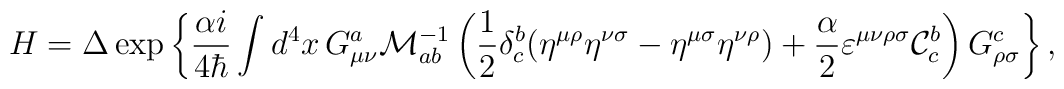
H=\Delta\exp\left\{\frac{\alpha i}{4\hbar}\int d^4x\, G^a_{\mu\nu}{\cal M}^{-1}_{ab}\left( \frac{1}{2}\delta^b_c(\eta^{\mu\rho}\eta^{\nu\sigma}-\eta^{\mu\sigma} \eta^{\nu\rho})+\frac{\alpha}{2}\varepsilon^{\mu\nu\rho\sigma} {\cal C}^b_c\right)G^c_{\rho\sigma}\right\},